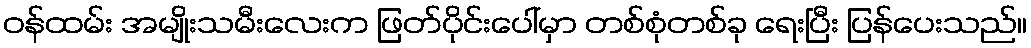
ဝန်ထမ်း အမျိုးသမီးလေးက ဖြတ်ပိုင်းပေါ်မှာ တစ်စုံတစ်ခု ရေးပြီး ပြန်ပေးသည်။